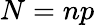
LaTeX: N=np